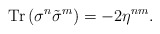
\begin{align*}{\rm Tr}\,(\sigma^n\tilde\sigma^m)=-2\eta^{nm}.\end{align*}